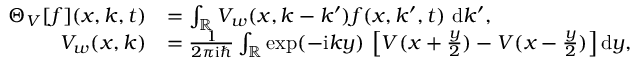
\begin{array} { r l } { \Theta _ { V } [ f ] ( x , k , t ) } & { = \int _ { \mathbb { R } } V _ { w } ( x , k - { k ^ { \prime } } ) f ( x , k ^ { \prime } , t ) ~ \mathrm { d } k ^ { \prime } , } \\ { V _ { w } ( x , k ) } & { = \frac { 1 } { 2 \pi \mathrm { i } \hbar } \int _ { \mathbb { R } } \exp ( - \mathrm { i } k y ) \, \left[ V ( x + \frac { y } { 2 } ) - V ( x - \frac { y } { 2 } ) \right] \mathrm { d } y , } \end{array}